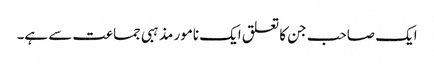
ایک صاحب جن کا تعلق ایک نامور مذہبی جماعت سے ہے۔